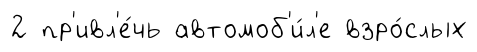
2 пр'ивл'е́чь автомоб'и́л'е взро́слых